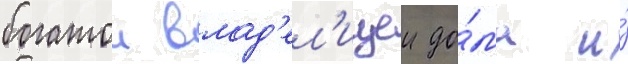
богатои влад'ел'ицеи до́ма и́